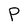
Character: P